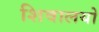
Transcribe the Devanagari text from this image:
शिवालयो